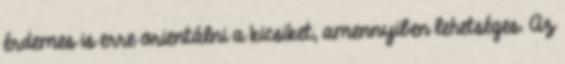
érdemes is erre orientálni a kicsiket, amennyiben lehetséges. Az